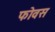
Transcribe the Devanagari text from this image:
फोवस